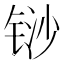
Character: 𰾈